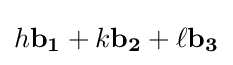
h\mathbf {b_{1}} +k\mathbf {b_{2}} +\ell \mathbf {b_{3}}